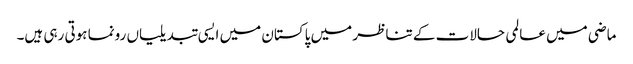
ماضی میں عالمی حالات کے تناظر میں پاکستان میں ایسی تبدیلیاں رونما ہوتی رہی ہیں۔